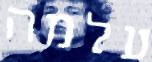
עלמה